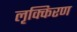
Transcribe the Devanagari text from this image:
लृक्किरण